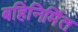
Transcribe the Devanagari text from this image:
बहिनिर्मित